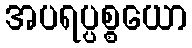
အပရပ္ပစ္စယော